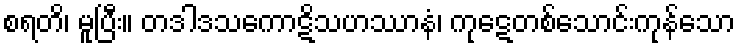
စရတိ၊ မူပြီး။ တဒါဒသကောဋိသဟဿာနံ၊ ကုဋေတစ်သောင်းကုန်သော